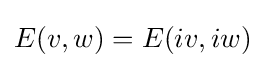
E(v,w)=E(iv,iw)